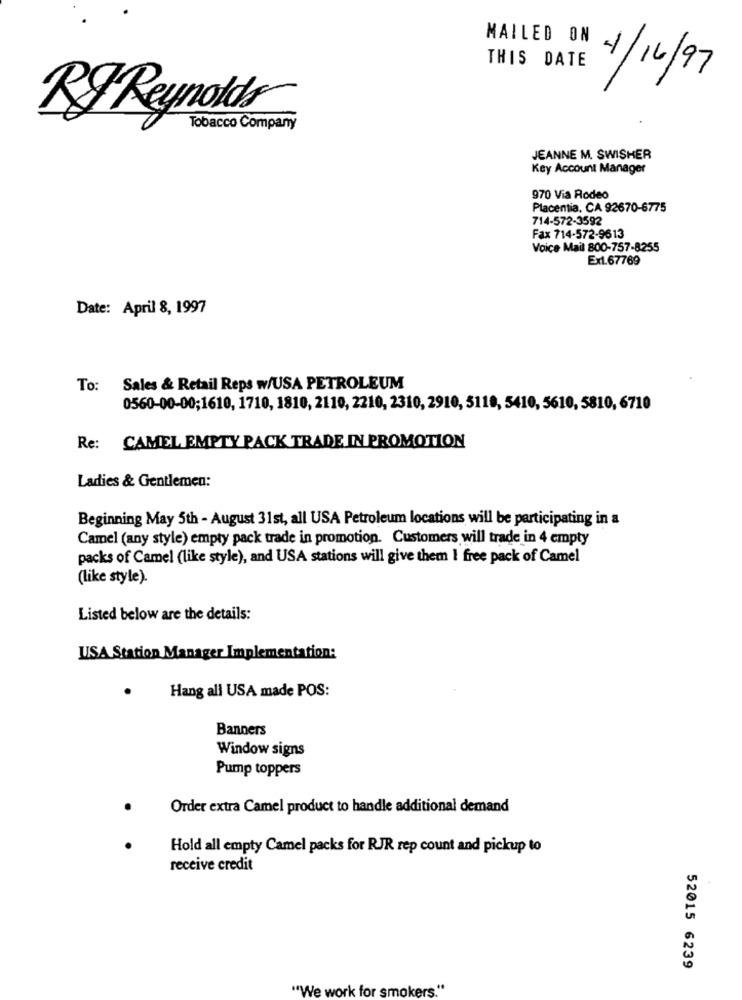
MAILED ON
THIS DATE
4/16/97
RJ Reynolds
Tobacco Company
JEANNE M. SWISHER
Key Account Manager
970 Via Rodeo
Placentia. CA 92670-6775
714-572-3592
Fax 714-572-9613
Voice Mail 800-757-8255
Ex1.67769
Date: April 8, 1997
To: Sales & Retail Reps w/USA PETROLEUM
0560-00-00;1610, 1710, 1810, 2110, 2210, 2310, 2910, 5110, 5410, 5610, 5810, 6710
Re: CAMEL EMPTY PACK TRADE IN PROMOTION
Ladies & Gentlemen:
Beginning May 5th - August 31st, all USA Petroleum locations will be participating in a
Camel (any style) empty pack trade in promotion. Customers will trade in 4 empty
packs of Camel (like style), and USA stations will give them I free pack of Camel
(like style).
Listed below are the details:
USA Station Manager Implementation:
Hang all USA made POS:
Banners
Window signs
Pump toppers
Order extra Camel product to handle additional demand
Hold all empty Camel packs for RJR rep count and pickup to
receive credit
52015 6239
"We work for smokers."